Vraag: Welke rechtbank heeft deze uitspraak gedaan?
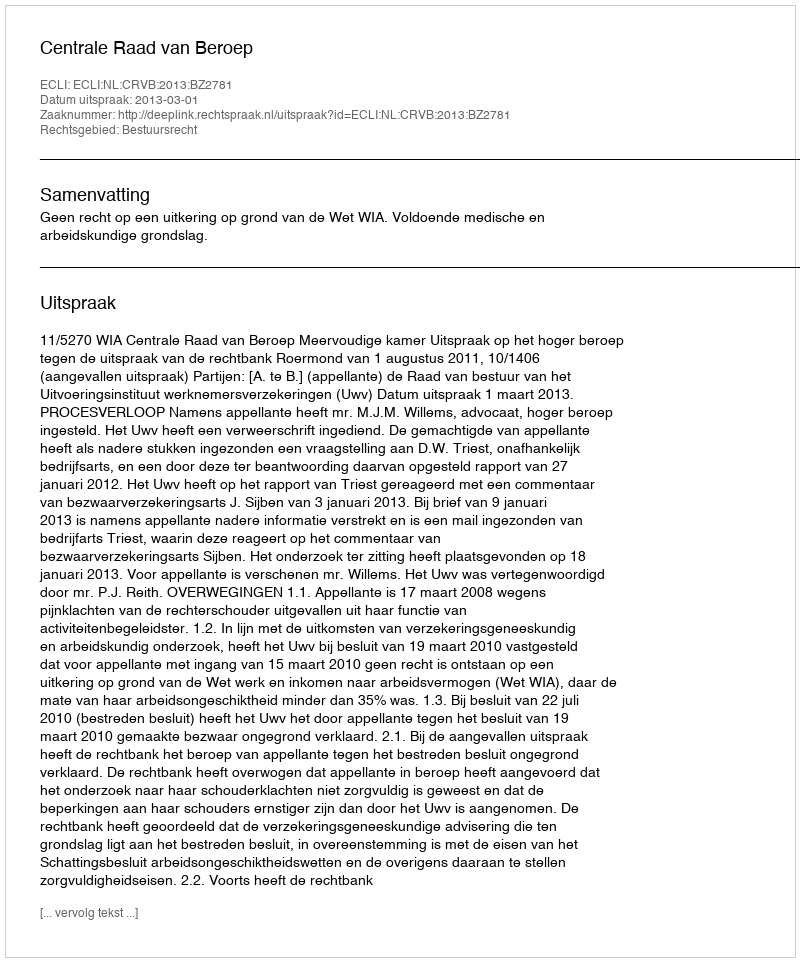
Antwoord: Centrale Raad van Beroep